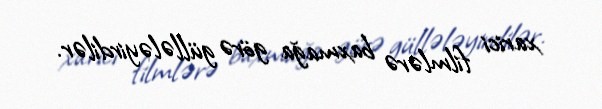
xarici filmlərə baxmağa görə güllələyirdilər.